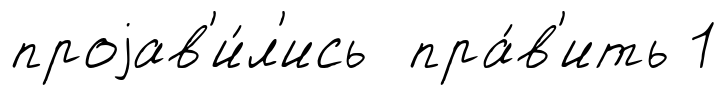
проjав'и́л'ись пра́в'ить 1